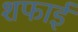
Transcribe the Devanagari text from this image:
शफाई